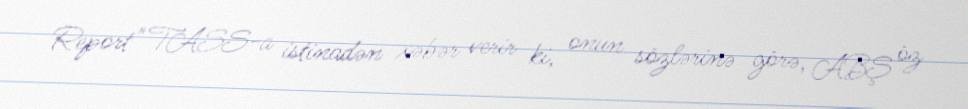
Report" TASS-a istinadən xəbər verir ki, onun sözlərinə görə, ABŞ öz